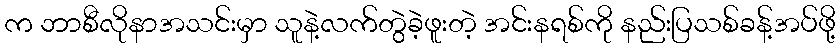
က ဘာစီလိုနာအသင်းမှာ သူနဲ့လက်တွဲခဲ့ဖူးတဲ့ အင်းနရစ်ကို နည်းပြသစ်ခန့်အပ်ဖို့